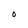
Character: O